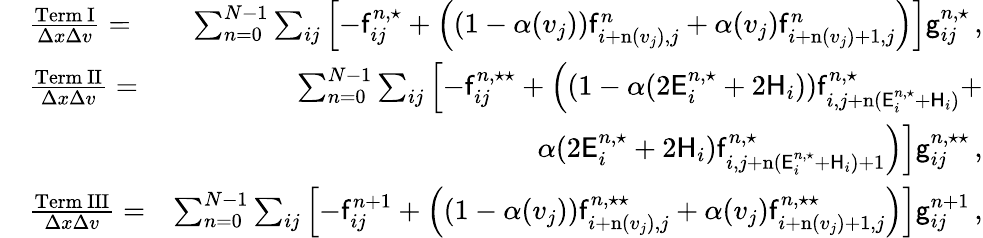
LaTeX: \begin{array}{rlr}&{\frac{\mathrm{Term~I}}{\Delta x\Delta v}=}&{\sum_{n=0}^{N-1}\sum_{ij}\left[-\mathsf{f}_{ij}^{n,\star}+\left((1-\alpha(v_{j}))\mathsf{f}_{i+\mathrm{n}(v_{j}),j}^{n}+\alpha(v_{j})\mathsf{f}_{i+\mathrm{n}(v_{j})+1,j}^{n}\right)\right]\mathsf{g}_{ij}^{n,\star}\, ,}\\ &{\frac{\mathrm{Term~II}}{\Delta x\Delta v}=}&{\sum_{n=0}^{N-1}\sum_{ij}\left[-\mathsf{f}_{ij}^{n,\star\star}\right.+\left((1-\alpha(2\mathsf{E}_{i}^{n,\star}+2\mathsf{H}_{i}))\mathsf{f}_{i,j+\mathrm{n}(\mathsf{E}_{i}^{n,\star}+\mathsf{H}_{i})}^{n,\star}\right.+}\\ &{}&{\left.\left.\alpha(2\mathsf{E}_{i}^{n,\star}+2\mathsf{H}_{i})\mathsf{f}_{i,j+\mathrm{n}(\mathsf{E}_{i}^{n,\star}+\mathsf{H}_{i})+1}^{n,\star}\right)\right]\mathsf{g}_{ij}^{n,\star\star}\, ,}\\ &{\frac{\mathrm{Term~III}}{\Delta x\Delta v}=}&{\sum_{n=0}^{N-1}\sum_{ij}\left[-\mathsf{f}_{ij}^{n+1}+\left((1-\alpha(v_{j}))\mathsf{f}_{i+\mathrm{n}(v_{j}),j}^{n,\star\star}+\alpha(v_{j})\mathsf{f}_{i+\mathrm{n}(v_{j})+1,j}^{n,\star\star}\right)\right]\mathsf{g}_{ij}^{n+1}\, ,}\end{array}